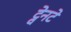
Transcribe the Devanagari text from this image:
ट्वेनटे